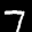
Label: 7